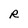
Character: R